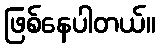
ဖြစ်နေပါတယ်။